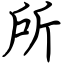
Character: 所